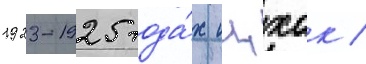
1923-1925 года́х ицхак /